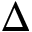
\Delta